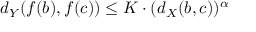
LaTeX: d _ { Y } ( f ( b ) , f ( c ) ) \leq K \cdot ( d _ { X } ( b , c ) ) ^ { \alpha }